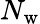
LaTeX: N_{\mathrm{w}}